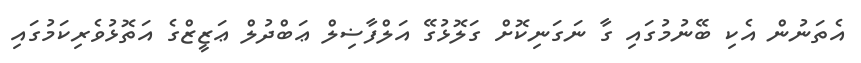
އެތަނުން އެކި ބޭނުމުގައި ގާ ނަގަނިކޮށް ގަލޮޅުގޭ އަލްފާޟިލް ޢަބްދުލް ޢަޒީޒްގެ އަތޮޅުވެރިކަމުގައި